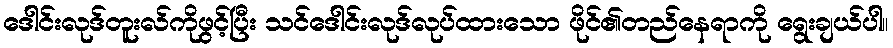
ဒေါင်းလုဒ်တူးလ်ကိုဖွင့်ပြီး သင်ဒေါင်းလုဒ်လုပ်ထားသော ဖိုင်၏တည်နေရာကို ရွေးချယ်ပါ။